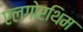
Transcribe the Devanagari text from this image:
एलगोरथिम